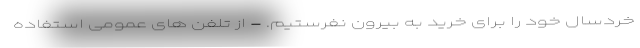
خردسال خود را برای خرید به بیرون نفرستیم. - از تلفن های عمومی استفاده